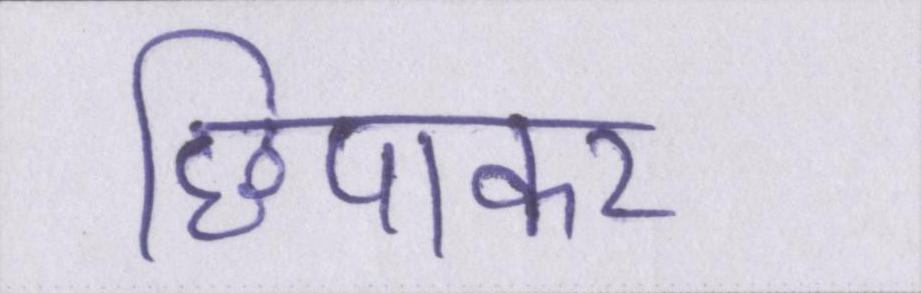
छिपाकर